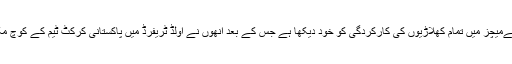
چیف سلیکٹر انضمام الحق ان دنوں انگلینڈ میں ہیں جہاں انھوں نے پاکستان اے ٹیم کےمیچز میں تمام کھلاڑیوں کی کارکردگی کو خود دیکھا ہے جس کے بعد انھوں نے اولڈ ٹریفرڈ میں پاکستانی کرکٹ ٹیم کے کوچ مکی آرتھر اور ون ڈے کپتان اظہرعلی سے ٹیم کے سلیکشن کے بارے میں بات کی۔